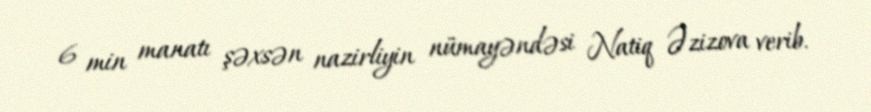
6 min manatı şəxsən nazirliyin nümayəndəsi Natiq Əzizova verib.